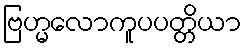
ဗြဟ္မလောကူပပတ္တိယာ